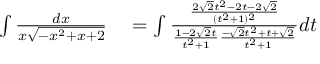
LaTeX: \begin{array} { r l } { \int { \frac { d x } { x { \sqrt { - x ^ { 2 } + x + 2 } } } } } & { { } = \int { \frac { \frac { 2 { \sqrt { 2 } } t ^ { 2 } - 2 t - 2 { \sqrt { 2 } } } { ( t ^ { 2 } + 1 ) ^ { 2 } } } { { \frac { 1 - 2 { \sqrt { 2 } } t } { t ^ { 2 } + 1 } } { \frac { - { \sqrt { 2 } } t ^ { 2 } + t + { \sqrt { 2 } } } { t ^ { 2 } + 1 } } } } d t } \end{array}